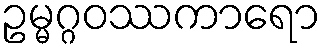
ဥမ္မဂ္ဂဝဿကာရော